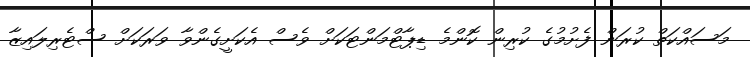
މަސައްކަތް ކުރަން ފެށުމުގެ ކުރިން ކޮންމެ ޑިޕާޓްމަންޓަކަށް ވެސް އެކަށީގެންވާ ވަރަކަށް ސްޓެރިލައިޒާ